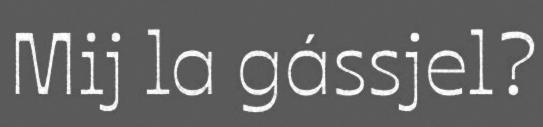
Mij la gássjel?